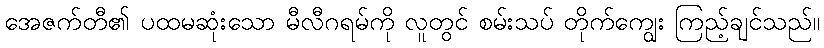
အေဇက်တီ၏ ပထမဆုံးသော မီလီဂရမ်ကို လူတွင် စမ်းသပ် တိုက်ကျွေး ကြည့်ချင်သည်။